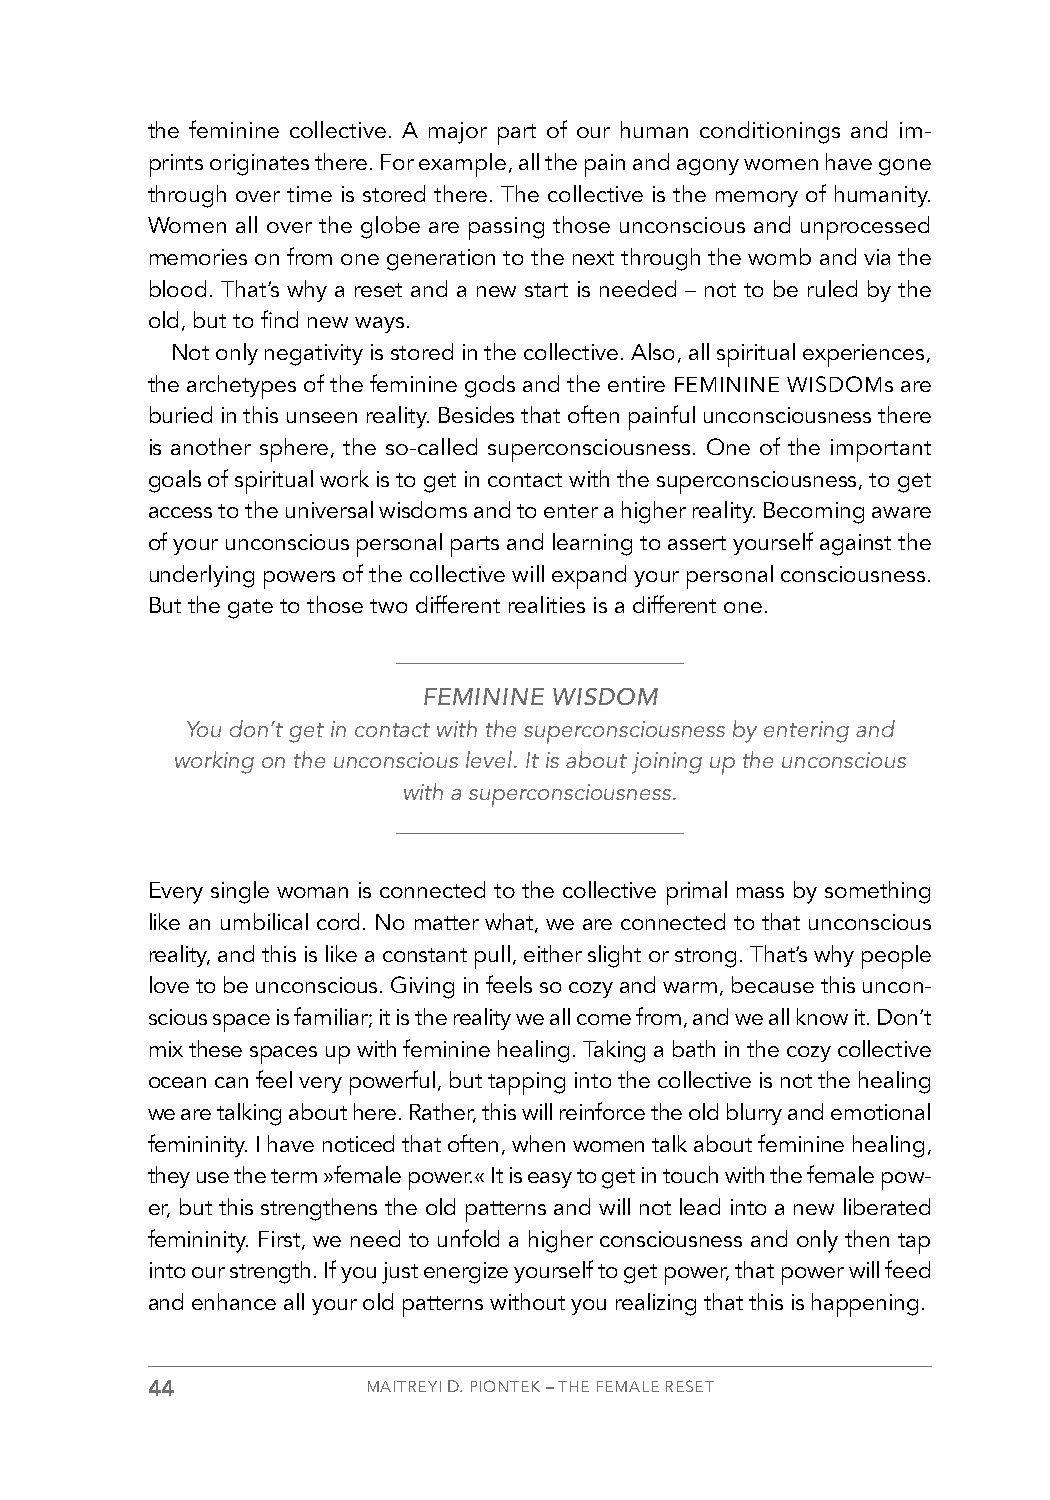
the feminine collective. A major part of our human conditionings and im-
 prints originates there. For example, all the pain and agony women have gone
 through over time is stored there. The collective is the memory of humanity.
 Women all over the globe are passing those unconscious and unprocessed
 memories on from one generation to the next through the womb and via the
 blood. That’s why a reset and a new start is needed – not to be ruled by the
 old, but to find new ways.
 Not only negativity is stored in the collective. Also, all spiritual experiences,
 the archetypes of the feminine gods and the entire FEMININE WISDOMs are
 buried in this unseen reality. Besides that often painful unconsciousness there
 is another sphere, the so-called superconsciousness. One of the important
 goals of spiritual work is to get in contact with the superconsciousness, to get
 access to the universal wisdoms and to enter a higher reality. Becoming aware
 of your unconscious personal parts and learning to assert yourself against the
 underlying powers of the collective will expand your personal consciousness.
 But the gate to those two different realities is a different one.
 FEMININE WISDOM
 You don’t get in contact with the superconsciousness by entering and
 working on the unconscious level. It is about joining up the unconscious
 with a superconsciousness.
 Every single woman is connected to the collective primal mass by something
 like an umbilical cord. No matter what, we are connected to that unconscious
 reality, and this is like a constant pull, either slight or strong. That’s why people
 love to be unconscious. Giving in feels so cozy and warm, because this uncon-
 scious space is familiar; it is the reality we all come from, and we all know it. Don’t
 mix these spaces up with feminine healing. Taking a bath in the cozy collective
 ocean can feel very powerful, but tapping into the collective is not the healing
 we are talking about here. Rather, this will reinforce the old blurry and emotional
 femininity. I have noticed that often, when women talk about feminine healing,
 they use the term »female power.« It is easy to get in touch with the female pow-
 er, but this strengthens the old patterns and will not lead into a new liberated
 femininity. First, we need to unfold a higher consciousness and only then tap
 into our strength. If you just energize yourself to get power, that power will feed
 and enhance all your old patterns without you realizing that this is happening.
 44            MAITREYI D. PIONTEK – THE FEMALE RESET